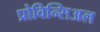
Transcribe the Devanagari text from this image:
प्रोविन्सिअल